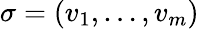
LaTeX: \sigma=(v_{1},\dots,v_{m})